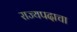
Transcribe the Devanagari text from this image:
राज्यपदाचा